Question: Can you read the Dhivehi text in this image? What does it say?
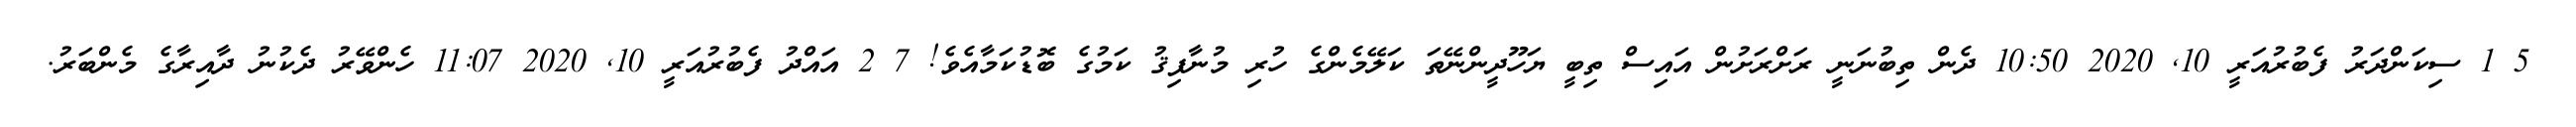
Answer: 5 1 ސިކަންދަރު ފެބުރުއަރީ 10, 2020 10:50 ދެން ތިބުނަނީ ރަށްރަށުން އައިސް ތިބީ ޔަހޫދީންނޭތަ ކަލޭމެންގެ ހުރި މުނާފިޤު ކަމުގެ ބޮޑުކަމާއެވެ! 7 2 އައްދު ފެބުރުއަރީ 10, 2020 11:07 ހެންވޭރު ދެކުނު ދާއިރާގެ މެންބަރު.